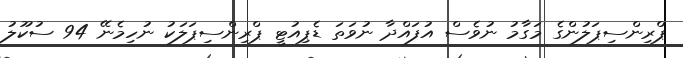
ޕްރިންސިޕަލުންގެ މަގާމު ނުވެސް އުފައްދާ ނުވަތަ ޑެޕިއުޓީ ޕްރިންސިޕަލަކު ނުހިމެނޭ 94 ސުކޫލު